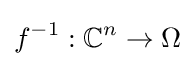
f^{-1}:\mathbb {C} ^{n}\rightarrow \Omega